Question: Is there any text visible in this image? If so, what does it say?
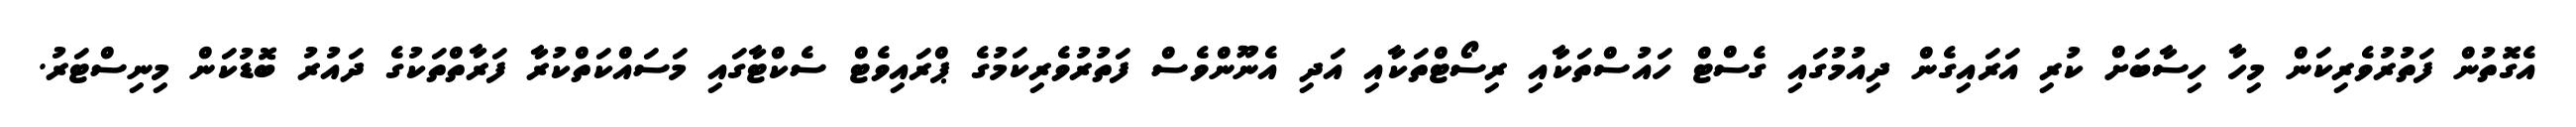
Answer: އެގޮތުން ފަތުރުވެރިކަން މިހާ ހިސާބަށް ކުރި އަރައިގެން ދިއުމުގައި ގެސްޓް ހައުސްތަކާއި ރިސޯޓްތަކާއި އަދި އެނޫންވެސް ފަތުރުވެރިކަމުގެ ޕްރައިވެޓް ސެކްޓާގައި މަސައްކަތްކުރާ ފަރާތްތަކުގެ ދައުރު ބޮޑުކަން މިނިސްޓަރު.